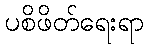
ပစိဖိတ်ရေးရာ